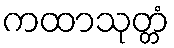
ကထာသုတ္တံ